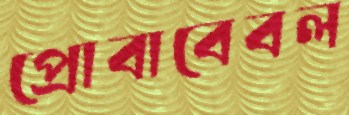
প্রোবাবেবল